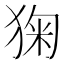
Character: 㹼